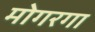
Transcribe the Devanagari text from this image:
मोगरगा